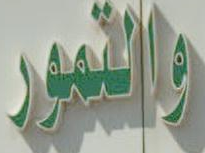
والتمور